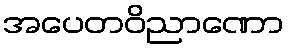
အပေတဝိညာဏော